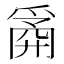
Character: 𰠆